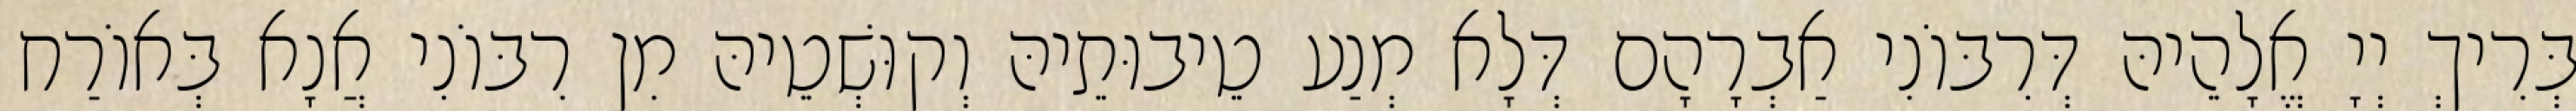
בְּרִיךְ יְיָ אֱלָהֵיהּ דְּרִבּוֹנִי אַבְרָהָם דְּלָא מְנַע טֵיבוּתֵיהּ וְקוּשְׁטֵיהּ מִן רִבּוֹנִי אֲנָא בְּאוֹרַח